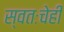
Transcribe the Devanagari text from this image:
स्वतःचेही